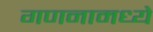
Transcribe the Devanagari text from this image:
गणनामध्ये